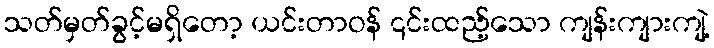
သတ်မှတ်ခွင့်မရှိတော့ ယင်းတာဝန် ၎င်းထည့်သော ကျန်းကျားကျဲ့